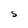
Character: S